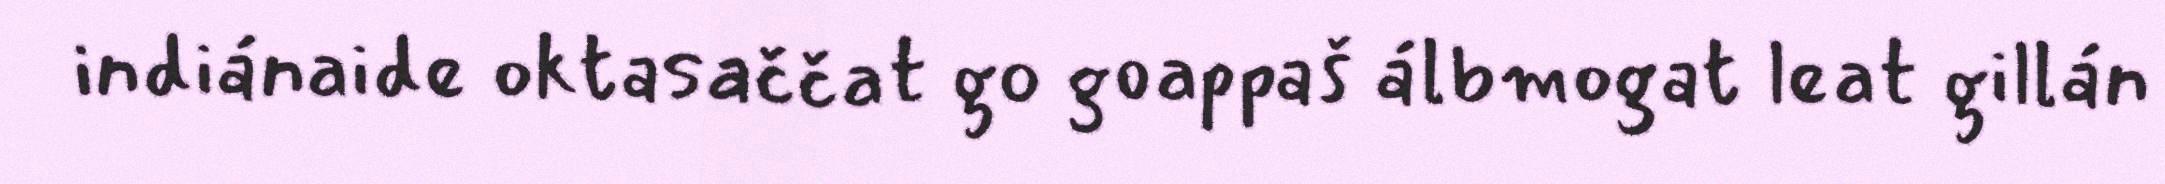
indiánaide oktasaččat go goappaš álbmogat leat gillán